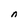
Character: n